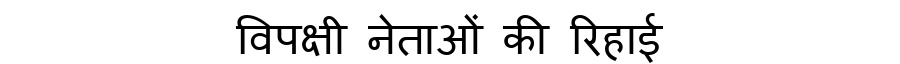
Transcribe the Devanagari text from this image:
विपक्षी नेताओं की रिहाई